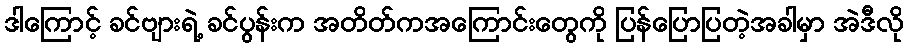
ဒါကြောင့် ခင်ဗျားရဲ့ ခင်ပွန်းက အတိတ်ကအကြောင်းတွေကို ပြန်ပြောပြတဲ့အခါမှာ အဲဒီလို